Scottish Certificate of Education, 1963
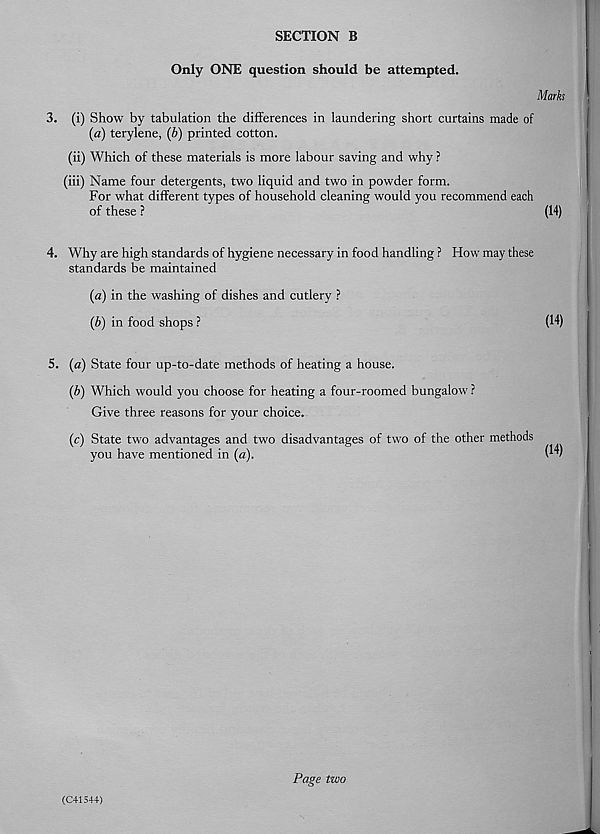
SECTION B
Only ONE question should be attempted.
Marks
3. (i) Show by tabulation the differences in laundering short curtains made of
(a) terylene, (b) printed cotton.
(ii) Which of these materials is more labour saving and why ?
(iii) Name four detergents, two liquid and two in powder form.
For what different types of household cleaning would you recommend each
of these ?
(14)
4. Why are high standards of hygiene necessary in food handling ? How may these
standards be maintained
(a) in the washing of dishes and cutlery ?
(b) in food shops ?
(14)
5. (a) State four up-to-date methods of heating a house.
(b) Which would you choose for heating a four-roomed bungalow ?
Give three reasons for your choice.
(c) State two advantages and two disadvantages of two of the other methods
you have mentioned in (a).
(14)
Page two
(C41544)